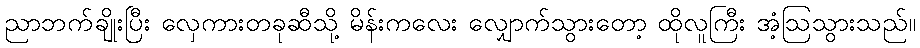
ညာဘက်ချိုးပြီး လှေကားတခုဆီသို့ မိန်းကလေး လျှောက်သွားတော့ ထိုလူကြီး အံ့ဩသွားသည်။